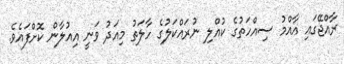
ރާއްޖޭގައި އާއްމު ސިއްހަތުގެ ކުއްލި ނުރައްކަލުގެ ހާލަތު މިއަދު ވަނީ އިއުލާން ކޮށްފައެވެ.